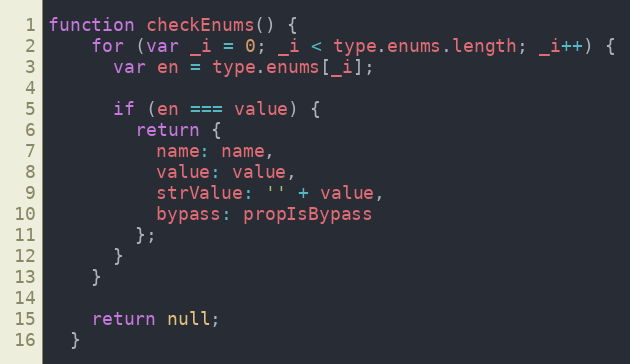
Language: JavaScript
function checkEnums() {
    for (var _i = 0; _i < type.enums.length; _i++) {
      var en = type.enums[_i];

      if (en === value) {
        return {
          name: name,
          value: value,
          strValue: '' + value,
          bypass: propIsBypass
        };
      }
    }

    return null;
  }